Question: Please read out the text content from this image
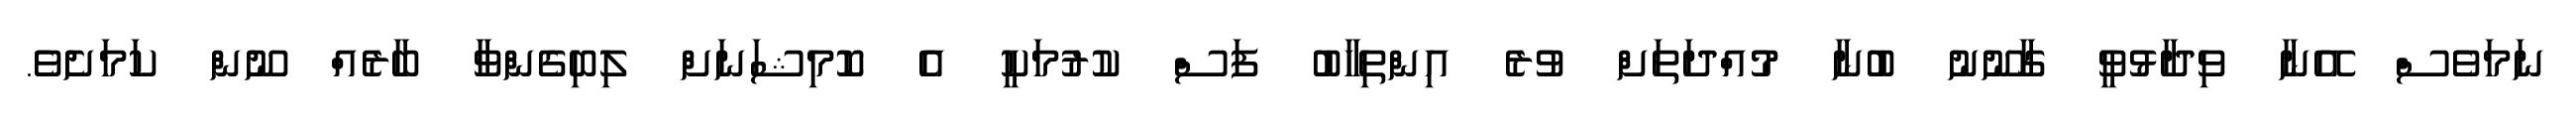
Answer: ނަމަވެސް އޭނާ ވިދާޅުވީ ގާނޫނު ބުނާ މުއްދަތަށް ވުރެ އިންތިހާބު ފަސް ކުރުމަކީ އެ ކޮމިޝަނަށް ލިބިގެންވާ ބާރެއް ނޫން ކަމަށެވެ.